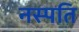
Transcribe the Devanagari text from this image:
नस्पति